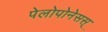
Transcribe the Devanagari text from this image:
पेलोपोनेसस्‌